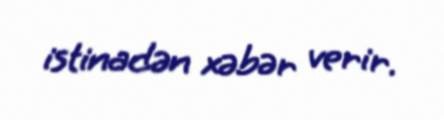
istinadən xəbər verir.